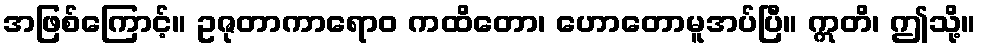
အဖြစ်ကြောင့်။ ဥဇုတာကာရောဝ ကထိတော၊ ဟောတောမူအပ်ပြီ။ ဣတိ၊ ဤသို့။